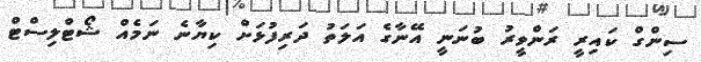
ސިންގް ކައިރީ ރަންވީރު ބުނަނީ އޭނާގެ އަލަތު ދަރިފުޅަށް ކިޔާނެ ނަމެއް ޝޯޓްލިސްޓް